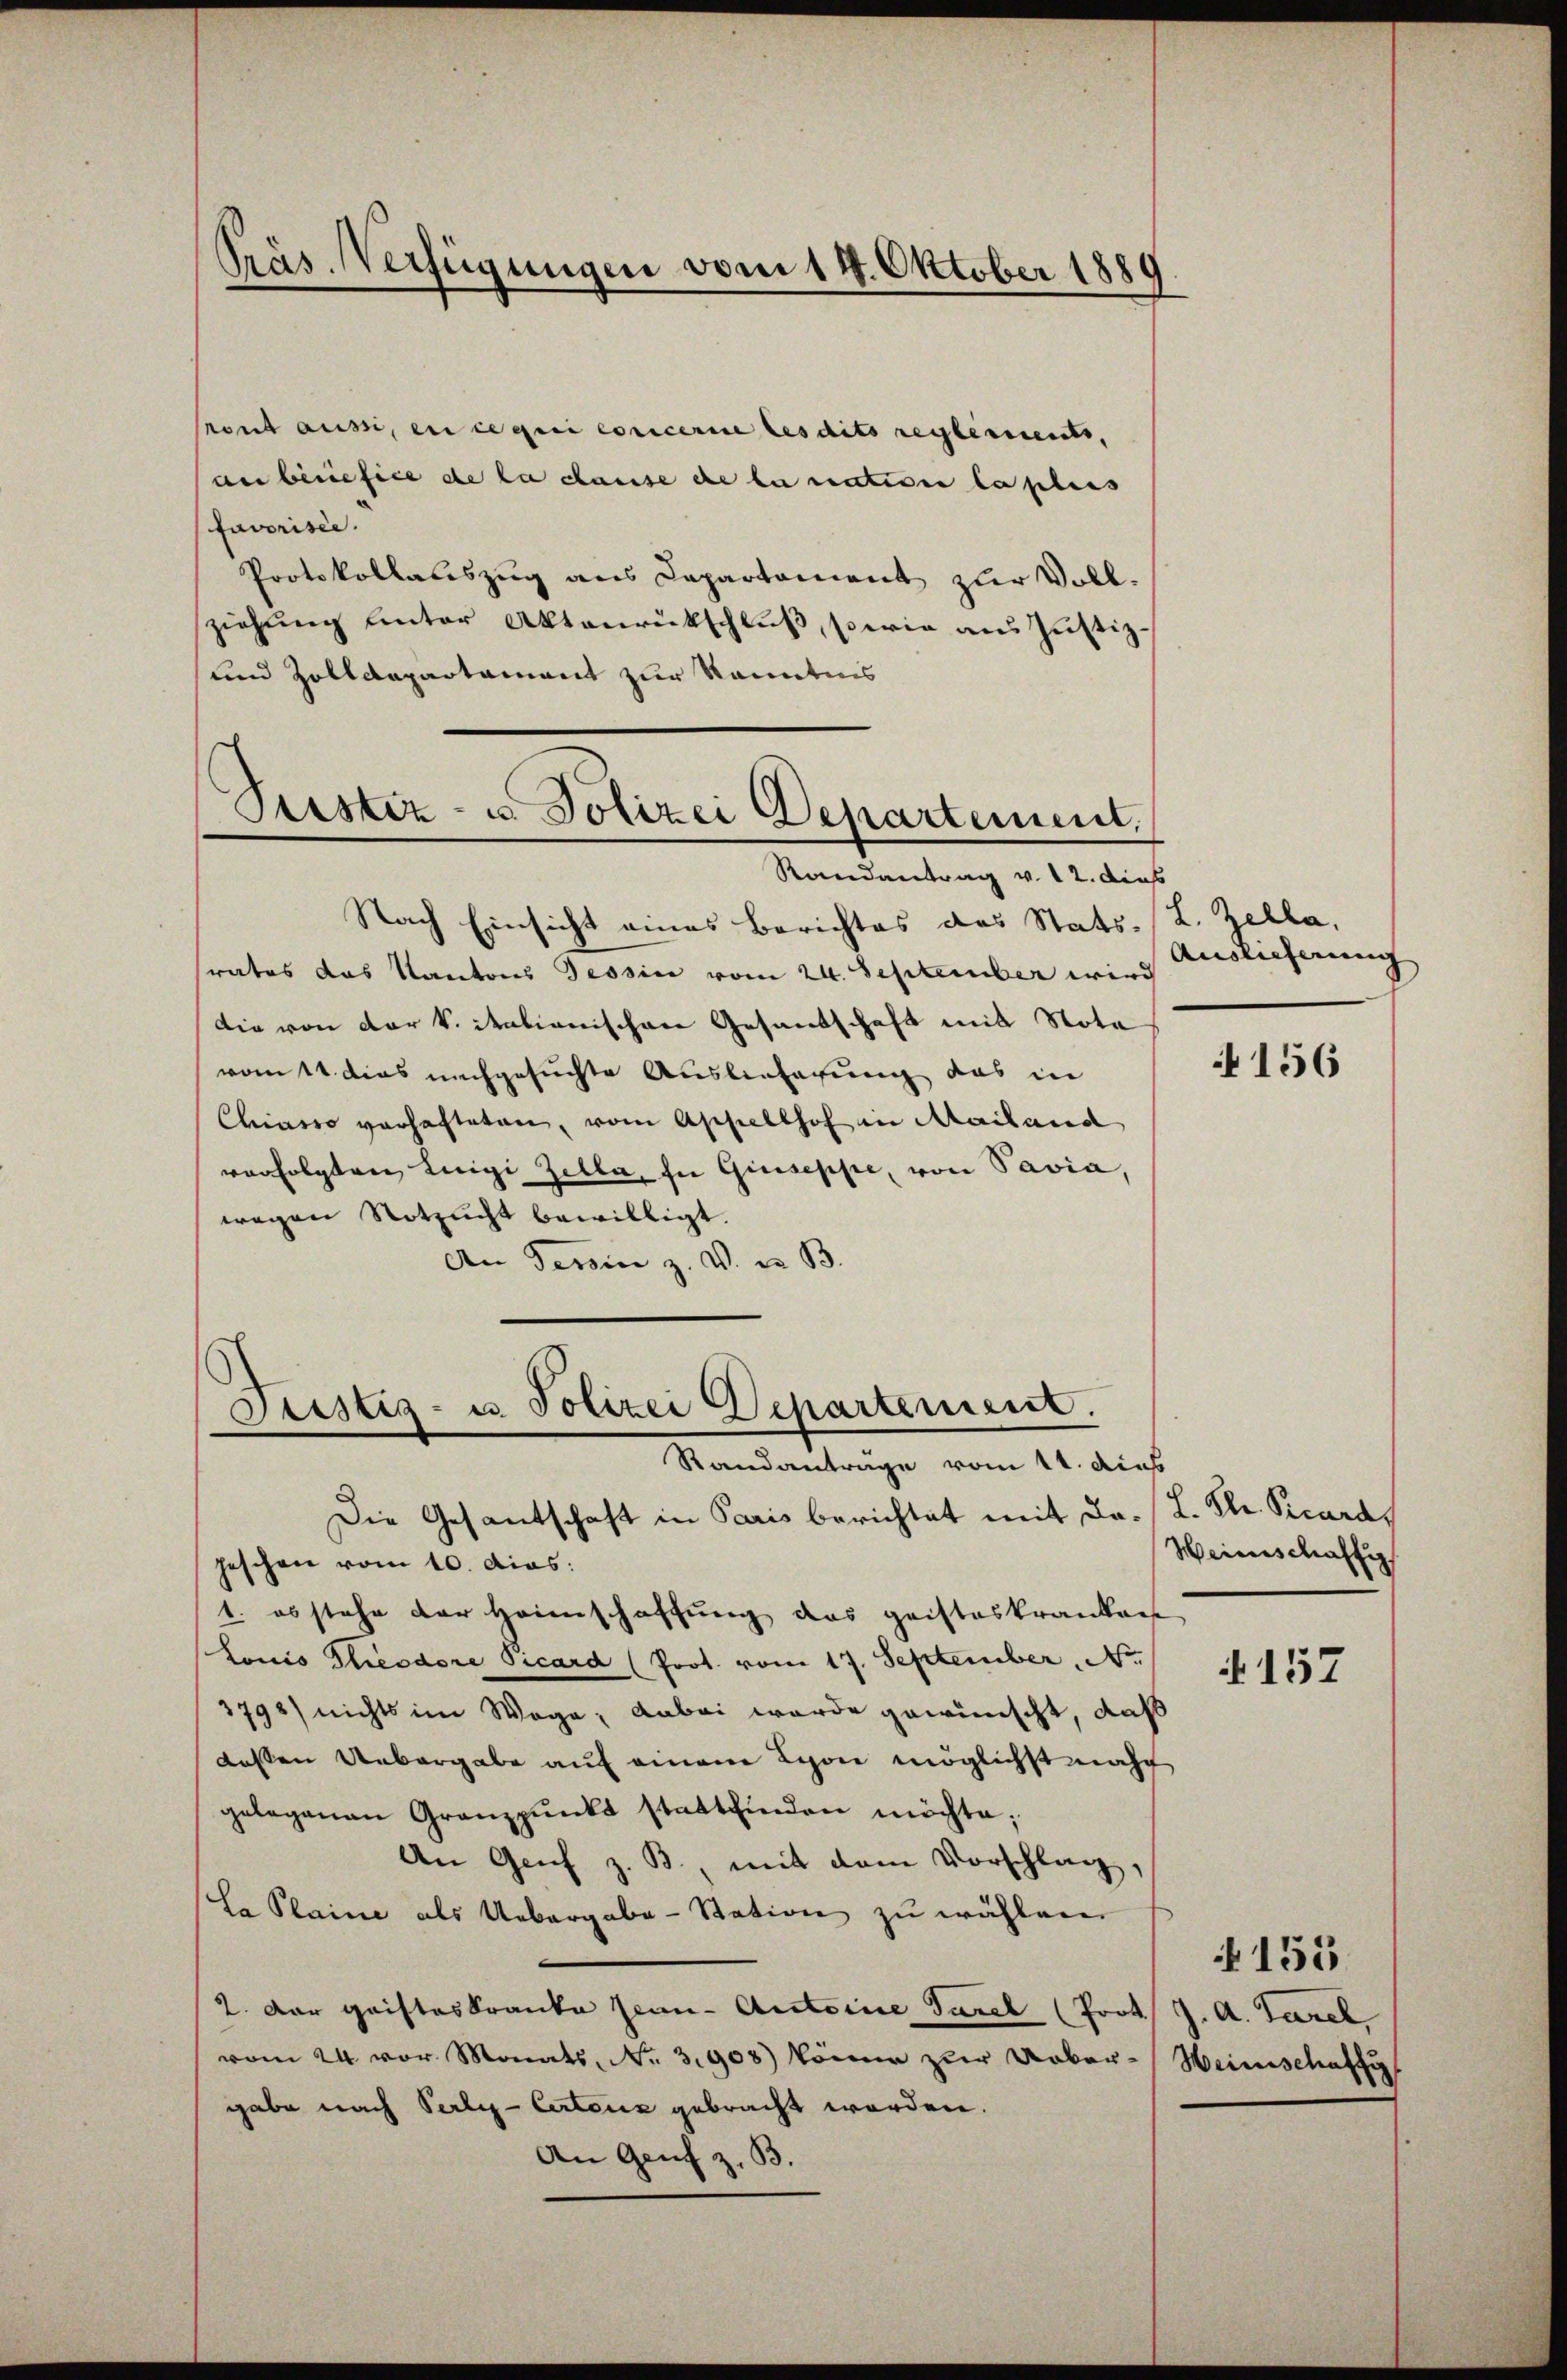
Präs. Verfügungen vom 14. Oktober 1889

Pront aus, en ce qui coricerire les dits reglements,
au beriefice de la cause de la nativen la plus
favorisée.
Protokollauszug aus Capartement zur Voll-
ziehung unter Aktenrückschluß, sowie aus Justiz-
und Zolldepartament zur kanntnis
Ptistiz- u. Polizei Departement.

Randantrag v. 12. dies

Nach Einsicht eines Berichtes des Stats- (L. Zella,
srates das Kantons Tessin vom 24. September wird
Die von der k. italienischen Gesandtschaft mit Nota
vom 11 dies nachgesuchte Auslieferung das in
Chiarro verhafteten, vom Appellhof in Mailand
verfolgten Luigi Zella, in Giuseppe, von Pavia,
wegen Notzucht bewilligt.
An Tessin z. V. z. B.
Die Gesantschaft in Paris berichtet mit da. / L. Str. Picard
heschen vom 10. dias:
1. es stehe der Heimschaffung das geisteskrankent
Lonis Glieodore Picard (Prot. vom 17. September N
3798) nichts im Wege; dabei wurde gewünscht, daß
dossen Uebergabe auf einem Lyon möglichst nacht
gelegenen Granzpŭnkt stattfinden möchte;
An Genf z. B., mit dem Vorschlag,
La Plaine als Uebergabe - Station zu wählen
2. Der Gristeskranke sein Antoine Garel (Prok. J. A. Tarel
vom 24. vor. Monats Nr. 3908) könne zur Ueber-Weinschaft
gabe nach Perli-Certenz gebracht worden.
An Genf z. B.

Leistiz- u. Polizei Departement.
Randanträge vom 11. dies

Auslieferung

156

Weinschaftig

157

155.